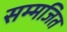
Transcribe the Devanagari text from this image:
सम्मजित